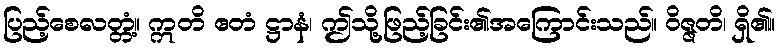
ပြည့်စေလတ္တံ့။ ဣတိ ဧတံ ဋ္ဌာနံ၊ ဤသို့ဖြည့်ခြင်း၏အကြောင်းသည်။ ဝိဇ္ဇတိ၊ ရှိ၏။